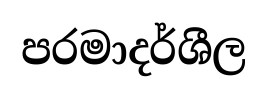
පරමාදර්ශීල